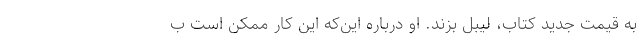
به قیمت جدید کتاب، لیبل بزند. او درباره این‌که این کار ممکن است ب